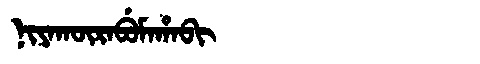
Manchu: ᠨᡳᠶᠠᡴᡡᡵᠠᠪᡠᠮᠠᡥᠠᠪᡳ
Romanization: NIYAKŪRABUMAHABI